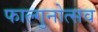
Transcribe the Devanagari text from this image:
फाल्गुनोत्सव